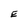
Character: E